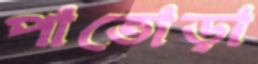
পাতোড়া